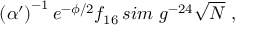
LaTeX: \left( \alpha ^ { \prime } \right) ^ { - 1 } e ^ { - \phi / 2 } f _ { 1 6 } \, s i m \ g ^ { - 2 4 } \sqrt { N } \ ,